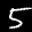
Label: 5